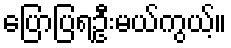
ပြောပြရဦးမယ်ကွယ့်။